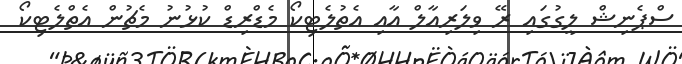
ސްޕެނިޝް ލީގުގައި ރޭ ވިލަރިއާލް އާއި އެތުލެޓިކޯ މެޑްރިޑް ކުޅުނު މެޗުން އެތްލެޓިކޯ